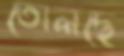
তোলছে